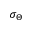
\sigma _ { \Theta }